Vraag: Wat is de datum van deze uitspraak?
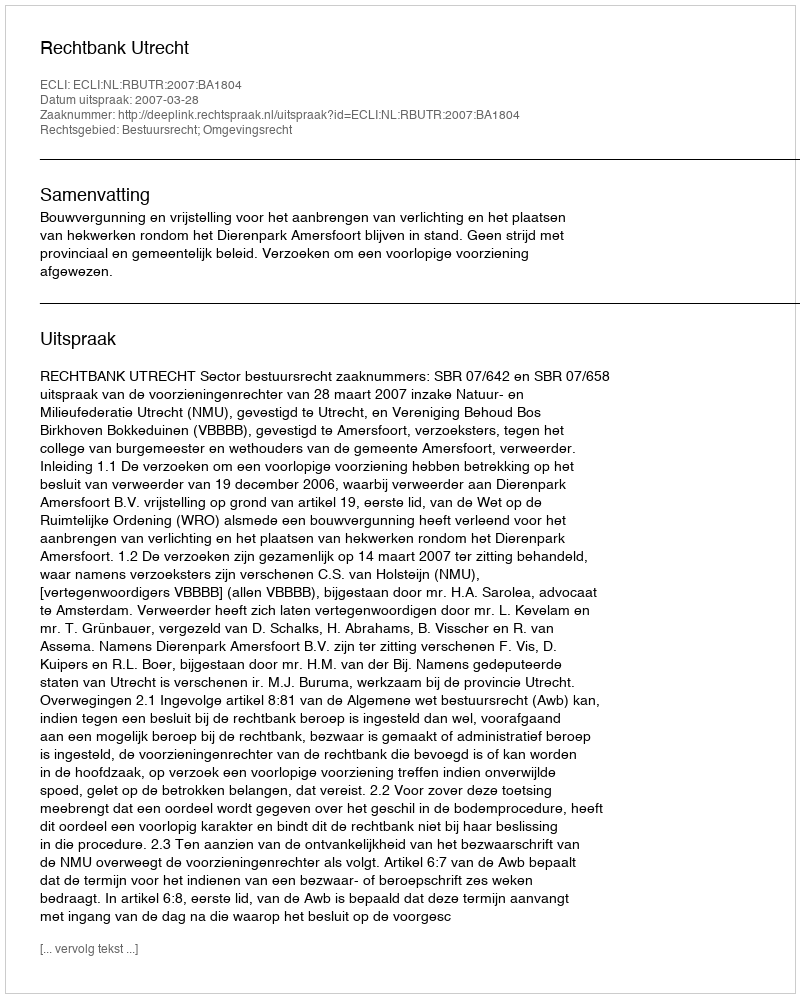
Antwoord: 2007-03-28